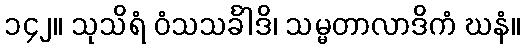
၁၄၂။ သုသိရံ ဝံသသင်္ခါဒိ၊ သမ္မတာလာဒိကံ ဃနံ။